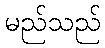
မည်သည်